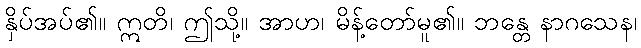
နှိပ်အပ်၏။ ဣတိ၊ ဤသို့။ အာဟ၊ မိန့်တော်မူ၏။ ဘန္တေ နာဂသေန၊